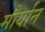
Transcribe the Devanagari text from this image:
मौर्यान